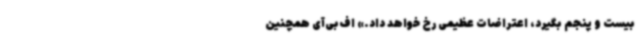
بیست و پنجم بگیرد، اعتراضات عظیمی رخ خواهد داد.» اف‌بی‌آی همچنین